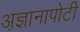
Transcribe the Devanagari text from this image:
अ़ज्ञानापोटी